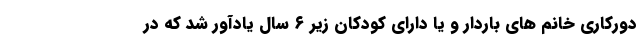
دورکاری خانم های باردار و یا دارای کودکان زیر ۶ سال یادآور شد که در